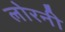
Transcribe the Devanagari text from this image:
लोरनी